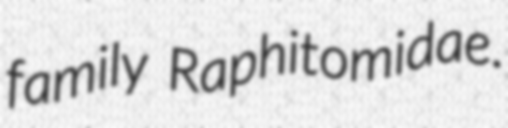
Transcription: family Raphitomidae.